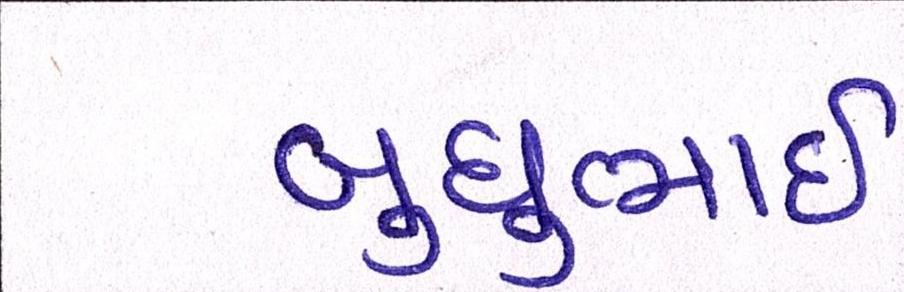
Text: બુધુભાઇ